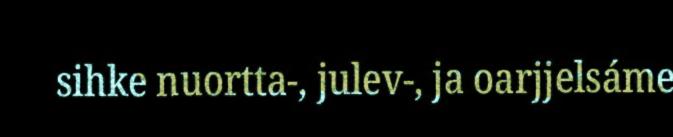
sihke nuortta-, julev-, ja oarjjelsáme